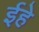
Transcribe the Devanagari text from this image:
ईहे